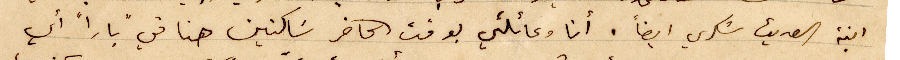
ابنة الصديق شكري ايضاً. أنا وعائلتي بوقت الحاضر سَاكنين هنا في "بارا" أي